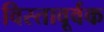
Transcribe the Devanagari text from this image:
विस्तावूर्वक